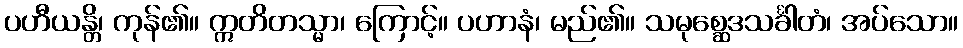
ပဟီယန္တိ၊ ကုန်၏။ ဣတိတသ္မာ၊ ကြောင့်။ ပဟာနံ၊ မည်၏။ သမုစ္ဆေဒသင်္ခါတံ၊ အပ်သော။